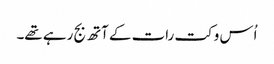
اُس وکت رات کے آتھ بج رہے تھے۔